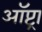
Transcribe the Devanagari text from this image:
ऑप्ट्रा